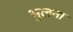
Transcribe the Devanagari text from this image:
भुलना